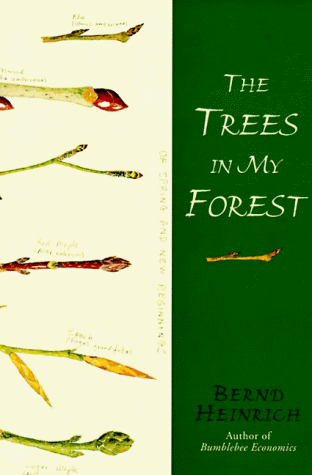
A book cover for The Trees in My Forest; Bernd Heinrich; Science & Math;